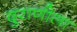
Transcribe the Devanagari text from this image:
दुराणीला